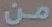
من